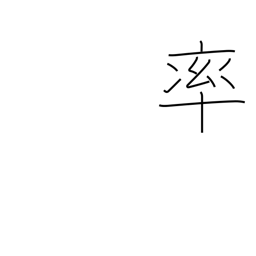
Meaning: spearhead